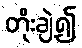
တိုးချဲ့၍